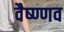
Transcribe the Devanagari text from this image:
वैष्ण्णव